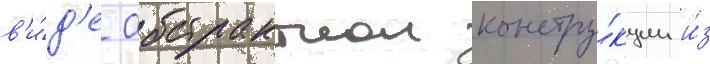
в'и́д'е абстрактнои констру́кции и́з